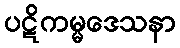
ပဋိကမ္မဒေသနာ